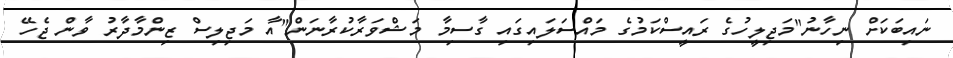
ނައިބަކަށް ނިހާނު"މަޖިލީހުގެ ރައީސްކަމުގެ މައްސަލައިގައި ގާސިމާ މަޝްވަރާކުރާނަން"އާ މަޖިލިސް ޒިންމާދާރު ވާން ޖެހޭ